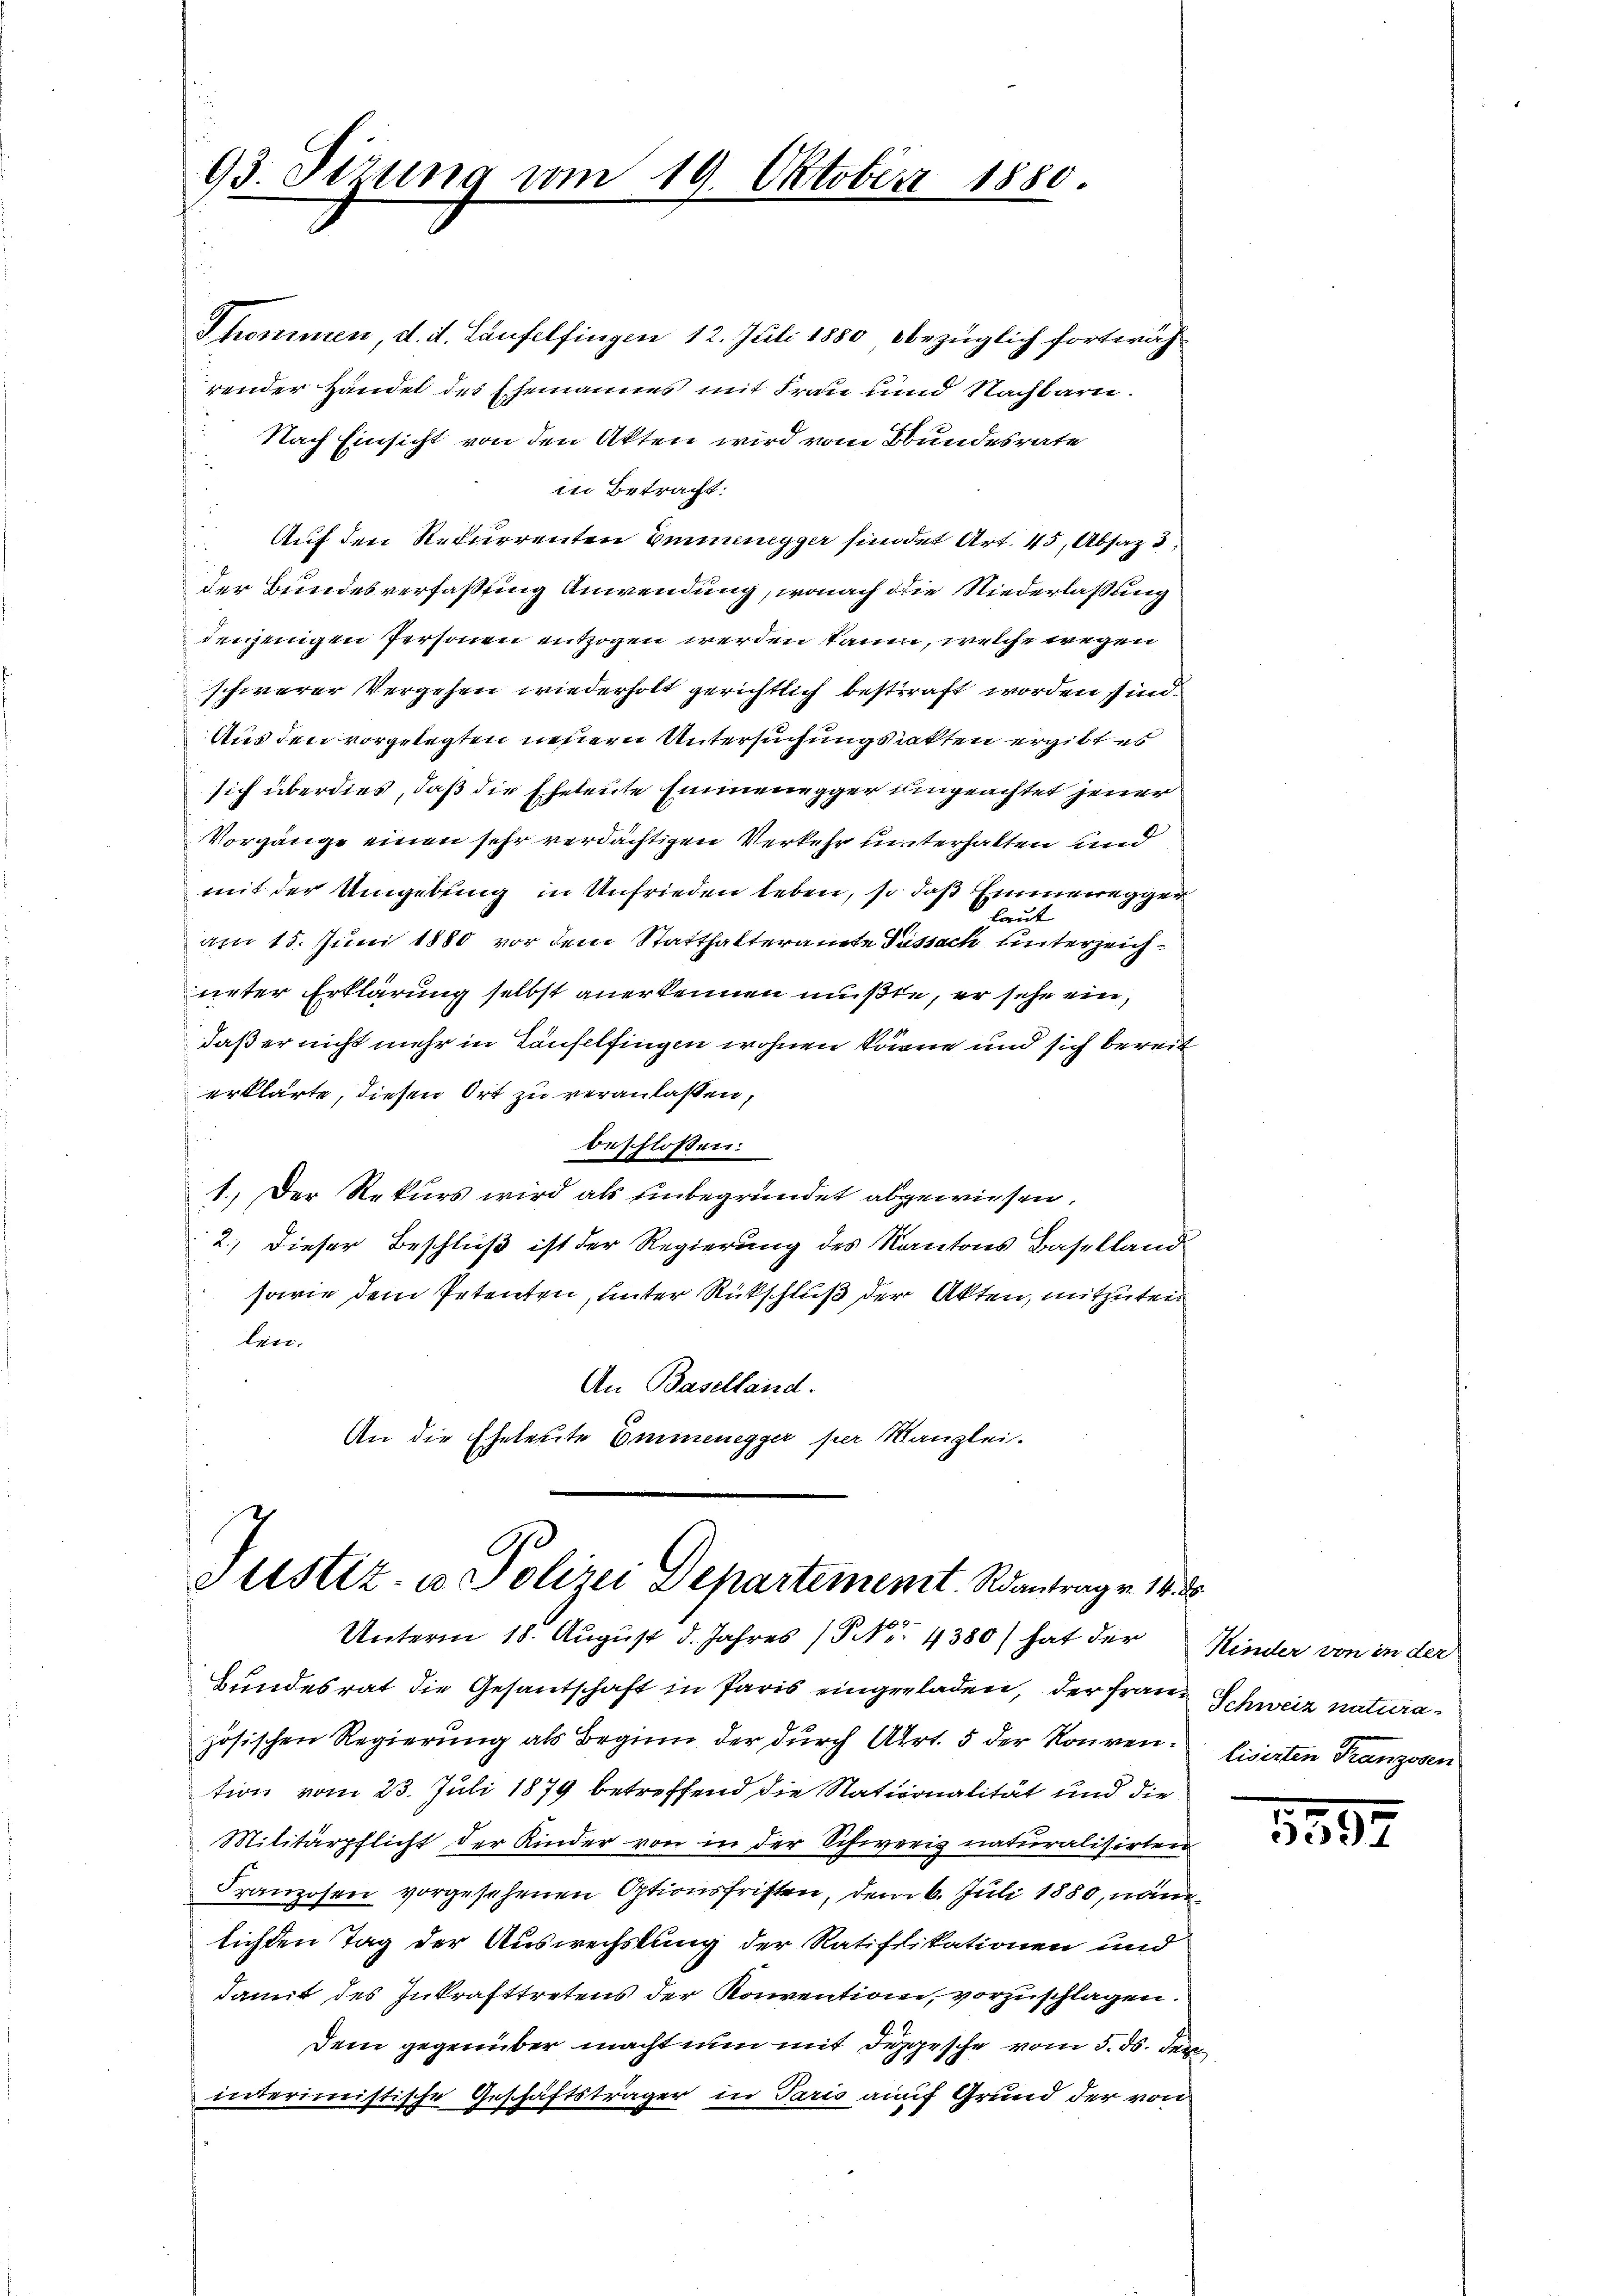
93. Sizung vom 19. Oktober 1880.

Shommen, d. d. Laufelfingen 12. Juli 1880 bezüglich fortwährender Handel des Ehemannes mit Frau und Nachbaren.
 Nach Einsicht von den Akten wird vom Bundesrate
in Betracht:
u
 Auf den Rekurrenten Emmenegger findet Art. 45, Absatz d
der Bundesverfassung Anwendung, wonach die Niederlaßung
denjenigen Personen entzogen werden kaum, welche wegen
schwerer Vergehen wiederholt gerichtlich bestraft worden sind.
Aus den vorgelegten neuern Untersuchungsakten ergibt es
sich überdies, daß die Eheleute Emmenegger umgeachtet jener
Vorgänge einen sehr verdächtigen Verkehr unterhalten und
mit der Umgebung in Unfrieden leben, so daß Emmenegger
laut
am 15. Juni 1880 vor dem Statthalteramte Passach unterzeichueter Erklärung selbst anerkennen mußte, er sehe ein,
daß er nicht mehr in Laufelfingen wohnen könne und sich bereit
erklärte, diesen Ort zu veranlassen,
i
beschlossen:
1.) Der Rekurs wird als unbegründet abgewiesen.
2.) Dieser Beschluß ist der Regierung des Kantons Baselland
sowie dem Petenten, unter Rückschluß der Akten, mitzuteil
len.
An Baselland.
An die Eheleute Emmenegger per Kanzlei-

C
Justiz- u Polizei Departement. Rantrag v. 14. 25
Unterm 18. August d. Jahres (§ Nr. 4380) hat der Kinder von in der

Bundesrat die Gesantschaft in Paris eingeladen, der Frau Schweiz naturazösischen Regierung als Beginn der durch Art. 5 der Konvention vom 23. Juli 1879 betreffend die Nationalität und die
Militärpflicht der Kinder von in der Schweris naturalisirten
Franzosen vorgesehenen Optionsfristen, dem 6. Juli 1880, nam
lichten Tag der Auswechslung der Ratifikationen und
damit des Inkrafttretens der Konvention, vorzuschlagen.
Dem gegenüber macht nun mit desgesche vom 5. ds. der
interimistische Geschäftsträger in Paris auf Grund der von

lisirten Franzosen

1897